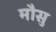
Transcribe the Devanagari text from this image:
मौसु